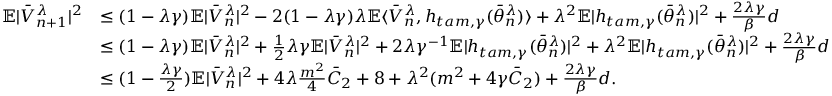
\begin{array} { r l } { \mathbb { E } | \bar { V } _ { n + 1 } ^ { \lambda } | ^ { 2 } } & { \leq ( 1 - \lambda \gamma ) \mathbb { E } | \bar { V } _ { n } ^ { \lambda } | ^ { 2 } - 2 ( 1 - \lambda \gamma ) \lambda \mathbb { E } \langle \bar { V } _ { n } ^ { \lambda } , h _ { t a m , \gamma } ( \bar { \theta } _ { n } ^ { \lambda } ) \rangle + \lambda ^ { 2 } \mathbb { E } | h _ { t a m , \gamma } ( \bar { \theta } _ { n } ^ { \lambda } ) | ^ { 2 } + \frac { 2 \lambda \gamma } { \beta } d } \\ & { \leq ( 1 - \lambda \gamma ) \mathbb { E } | \bar { V } _ { n } ^ { \lambda } | ^ { 2 } + \frac { 1 } { 2 } \lambda \gamma \mathbb { E } | \bar { V } _ { n } ^ { \lambda } | ^ { 2 } + 2 \lambda \gamma ^ { - 1 } \mathbb { E } | h _ { t a m , \gamma } ( \bar { \theta } _ { n } ^ { \lambda } ) | ^ { 2 } + \lambda ^ { 2 } \mathbb { E } | h _ { t a m , \gamma } ( \bar { \theta } _ { n } ^ { \lambda } ) | ^ { 2 } + \frac { 2 \lambda \gamma } { \beta } d } \\ & { \leq ( 1 - \frac { \lambda \gamma } { 2 } ) \mathbb { E } | \bar { V } _ { n } ^ { \lambda } | ^ { 2 } + 4 \lambda \frac { m ^ { 2 } } { 4 } \bar { C } _ { 2 } + 8 + \lambda ^ { 2 } ( m ^ { 2 } + 4 \gamma \bar { C } _ { 2 } ) + \frac { 2 \lambda \gamma } { \beta } d . } \end{array}